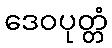
ဒေဝပုတ္တံ